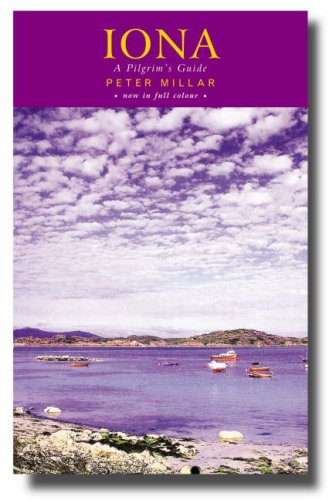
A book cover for Iona: A Pilgrim's Guide; Peter Millar; Travel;